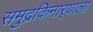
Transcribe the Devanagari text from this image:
समुद्रकिनार्‍याला